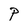
Character: P